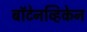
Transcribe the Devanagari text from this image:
बॉटेनव्हिकेन